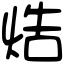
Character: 焅